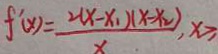
f ^ { \prime } ( x ) = \frac { 2 ( x - x _ { 1 } ) ( x - x _ { 2 } ) } { x } , x \geq